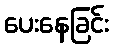
ပေးနေခြင်း